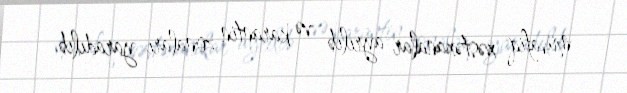
müvafiq xəstəxanalar ayrılıb və karantin zonaları yaradılıb.